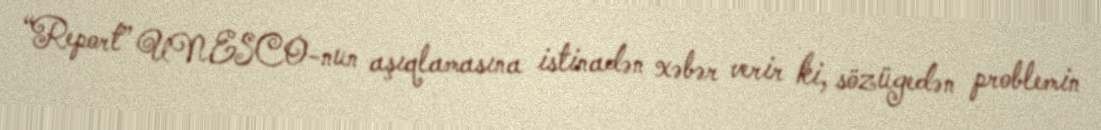
“Report” UNESCO-nun aşıqlamasına istinadən xəbər verir ki, sözügedən problemin